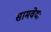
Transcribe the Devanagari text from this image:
सामवेदः